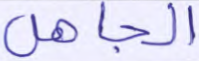
الجاهل